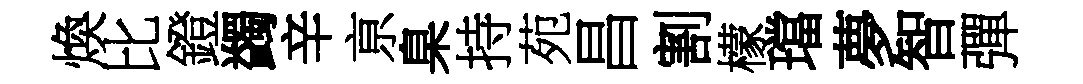
煥比鐙蠲辛亰臬持苑昌割檬璫夢智彈